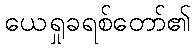
ယေရှုခရစ်တော်၏